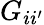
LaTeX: G_{ii^{\prime}}